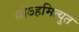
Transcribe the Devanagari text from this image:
सोऽहमित्युत